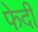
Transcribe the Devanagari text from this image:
फेदी